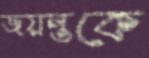
জয়ন্তকে